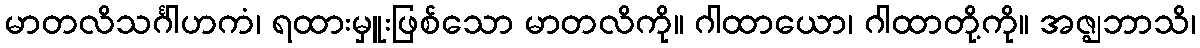
မာတလိသင်္ဂါဟကံ၊ ရထားမှူးဖြစ်သော မာတလိကို။ ဂါထာယော၊ ဂါထာတို့ကို။ အဇ္ဈဘာသိ၊